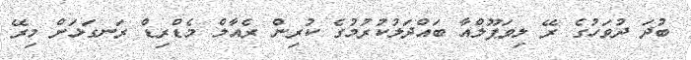
ބުދަ ދުވަހުގެ ރޭ ލިވަޕޫލްއާ ބައްދަލުކުރުމުގެ ކުރިން ރެއާލް މެޑްރިޑް ރަނގަޅަށް މިރޭ